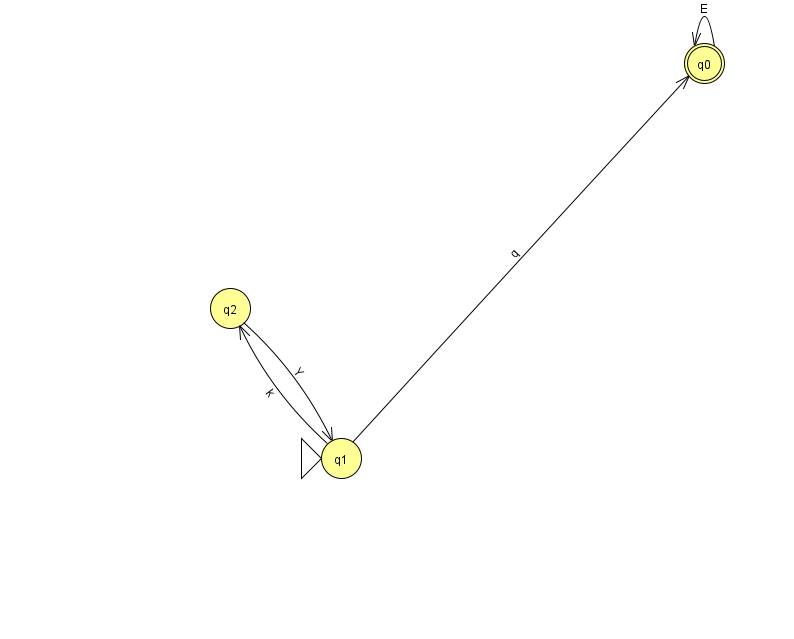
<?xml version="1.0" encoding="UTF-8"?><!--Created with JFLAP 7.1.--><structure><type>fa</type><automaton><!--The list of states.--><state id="0" name="q0"><x>704.0</x><y>50.0</y><final/></state><state id="1" name="q1"><x>341.0</x><y>445.0</y><initial/></state><state id="2" name="q2"><x>230.0</x><y>295.0</y></state><!--The list of transitions.--><transition><from>1</from><to>0</to><read>q</read></transition><transition><from>0</from><to>0</to><read>E</read></transition><transition><from>2</from><to>1</to><read>Y</read></transition><transition><from>1</from><to>2</to><read>k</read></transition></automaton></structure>